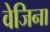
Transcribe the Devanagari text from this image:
वेजिना